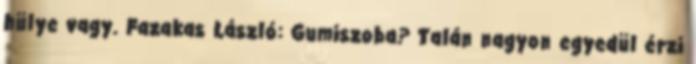
hülye vagy. Fazakas László: Gumiszoba? Talán nagyon egyedül érzi